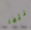
كنتما